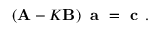
\left( { \bf A } - K { \bf B } \right) \textbf { a } = \textbf { c } .